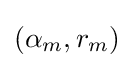
(\alpha _{m},r_{m})